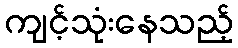
ကျင့်သုံးနေသည့်